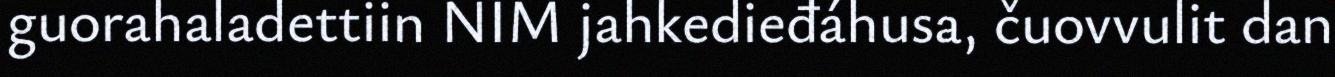
guorahaladettiin NIM jahkedieđáhusa, čuovvulit dan